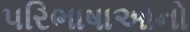
પરિભાષાઓનો